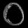
Digit: ၀